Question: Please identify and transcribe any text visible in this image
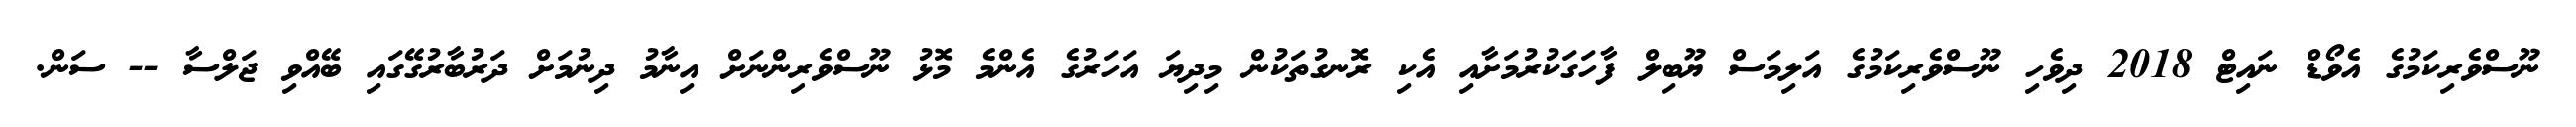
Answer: ނޫސްވެރިކަމުގެ އެވޯޑް ނައިޓް 2018 ދިވެހި ނޫސްވެރިކަމުގެ އަލިމަސް ޔޫބިލް ފާހަގަކުރުމަށާއި އެކި ރޮނގުތަކުން މިދިޔަ އަހަރުގެ އެންމެ މޮޅު ނޫސްވެރިންނަށް އިނާމު ދިނުމަށް ދަރުބާރުގޭގައި ބޭއްވި ޖަލްސާ -- ސަން.